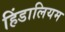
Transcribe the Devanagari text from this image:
हिंडालियम